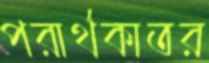
পরার্থকাতর